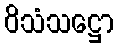
ဝိသံသဋ္ဌော